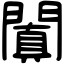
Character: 闐